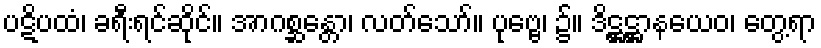
ပဋိပထံ၊ ခရီးရင်ဆိုင်။ အာဂစ္ဆန္တော၊ လတ်သော်။ ပုဗ္ဗေ၊ ၌။ ဒိဋ္ဌဋ္ဌာနယေဝ၊ တွေ့ရာ